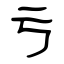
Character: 亏